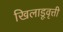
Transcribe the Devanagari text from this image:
खिलाडूवृत्ती